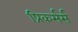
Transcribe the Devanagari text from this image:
प्रिकर्सर्स